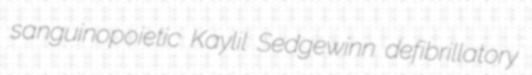
sanguinopoietic Kaylil Sedgewinn defibrillatory